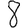
Digit: 6